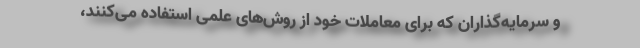
و سرمایه‌گذاران که برای معاملات خود از روش‌های علمی استفاده می‌کنند،